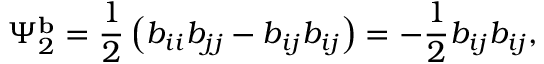
\Psi _ { 2 } ^ { \mathbf { b } } = \frac { 1 } { 2 } \left( b _ { i i } b _ { j j } - b _ { i j } b _ { i j } \right) = - \frac { 1 } { 2 } b _ { i j } b _ { i j } ,